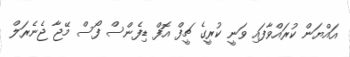
އައްޔަން ކުރައްވާފައި ވަނީ ކުރީގެ ޗީފް އޮފް ޑިފެންސް ފޯސް މޭޖާ ޖެނެރަލް